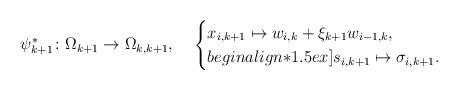
LaTeX: \begin{align*}\psi_{k+1}^*\colon \Omega_{k+1}\to \Omega_{k,k+1},\mspace{20mu}\begin{cases}x_{i,k+1} \mapsto w_{i,k} + \xi_{k+1} w_{i-1,k},\\begin{align*}1.5ex]s_{i,k+1} \mapsto \sigma_{i,k+1}. \end{cases}\end{align*}